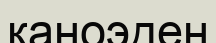
каноэден